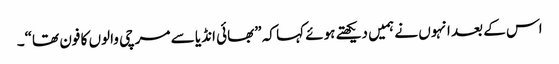
اس کے بعد انہوں نے ہمیں دیکھتے ہوئے کہا کہ ”بھائی انڈیا سے مرچی والوں کا فون تھا“۔